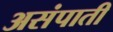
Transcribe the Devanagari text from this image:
असंपाती